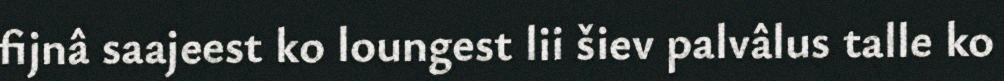
fijnâ saajeest ko loungest lii šiev palvâlus talle ko